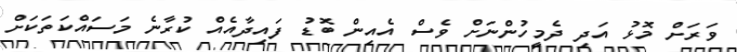
ވަރަށް މޮޅު އަދި ދެމީހުންނަށް ވެސް އެއިން ބޮޑު ފައިދާއެއް ކުރާނެ މަސައްކަތަކަށް